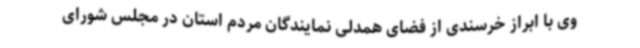
وی با ابراز خرسندی از فضای همدلی نمایندگان‌ مردم استان در مجلس شورای